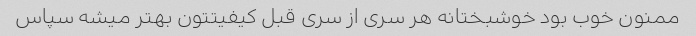
ممنون خوب بود خوشبختانه هر سری از سری قبل کیفیتتون بهتر میشه سپاس